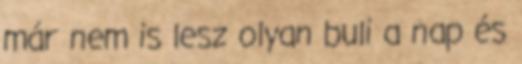
már nem is lesz olyan buli a nap és